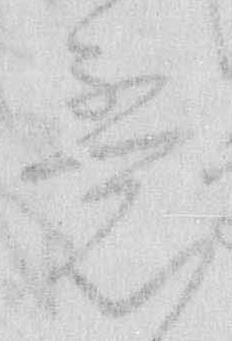
意